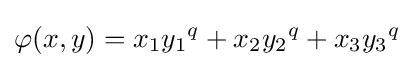
\varphi (x,y)=x_{1}y_{1}{}^{q}+x_{2}y_{2}{}^{q}+x_{3}y_{3}{}^{q}